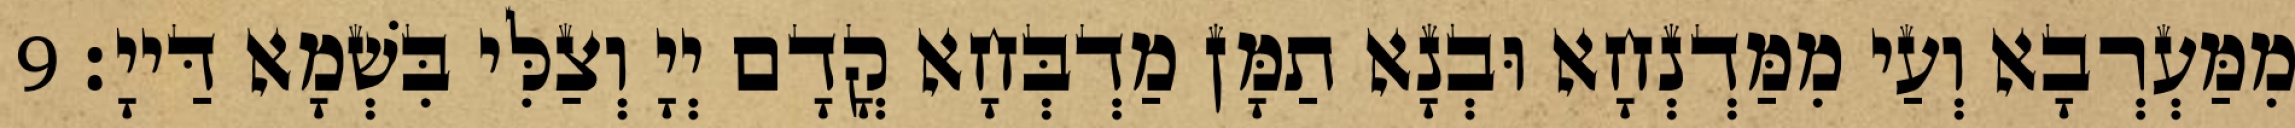
מִמַּעְרְבָא וְעַי מִמַּדְנְחָא וּבְנָא תַמָּן מַדְבְּחָא קֳדָם יְיָ וְצַלִּי בִּשְׁמָא דַּייָ׃ 9